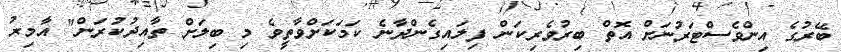
ބޭރުގެ އިންވެސްޓަރުނަށް އޮތް ބިރުވެރިކަން ފިލައިގެންދާނެ ކަމަކަށްވާތީވެ މި ބިލަށް ތާއިދުކުރަން" އާމިރު